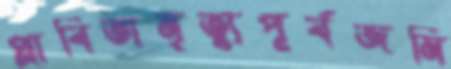
প্লাবিতামৃত্যুপূর্বজমি